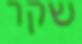
שקר